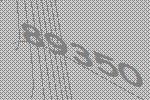
89350